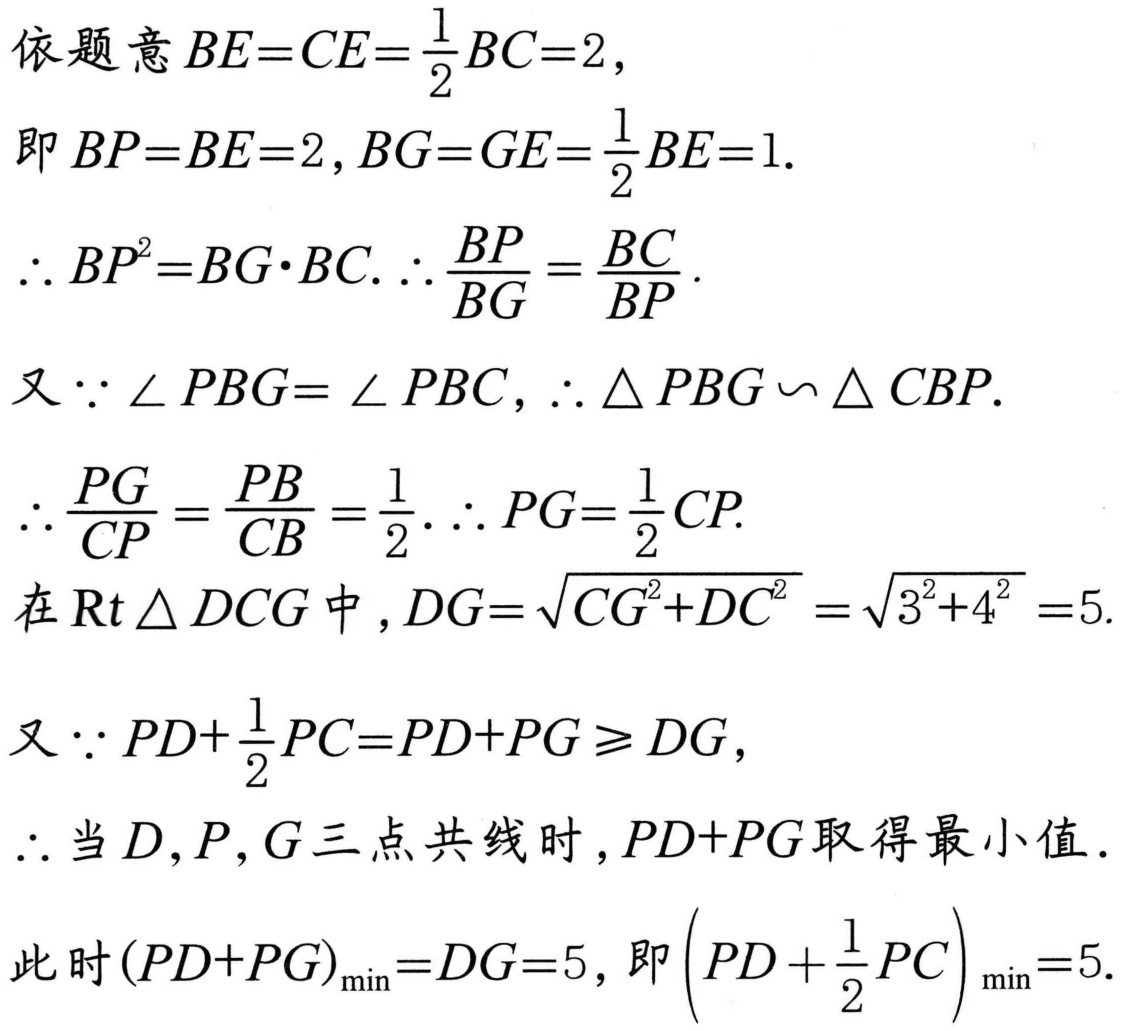
依题意\(BE = CE=\frac{1}{2}BC = 2\)，
即\(BP = BE = 2\), \(BG = GE=\frac{1}{2}BE = 1\).
\(\therefore BP^{2}=BG\cdot BC\). \(\therefore \frac{BP}{BG}=\frac{BC}{BP}\).
又\(\because\angle PBG=\angle PBC\), \(\therefore\triangle PBG\backsim\triangle CBP\).
\(\therefore\frac{PG}{CP}=\frac{PB}{CB}=\frac{1}{2}\). \(\therefore PG=\frac{1}{2}CP\).
在\(\text{Rt}\triangle DCG\)中，\(DG = \sqrt{CG^{2}+DC^{2}}=\sqrt{3^{2}+4^{2}} = 5\).
又\(\because PD+\frac{1}{2}PC = PD + PG\geqslant DG\)，
\(\therefore\)当\(D\), \(P\), \(G\)三点共线时，\(PD + PG\)取得最小值.
此时\((PD + PG)_{\min}=DG = 5\)，即\(\left(PD+\frac{1}{2}PC\right)_{\min}=5\).